Annual report of lunatic asylums [Bombay] - 1912-1922
Year: 1912
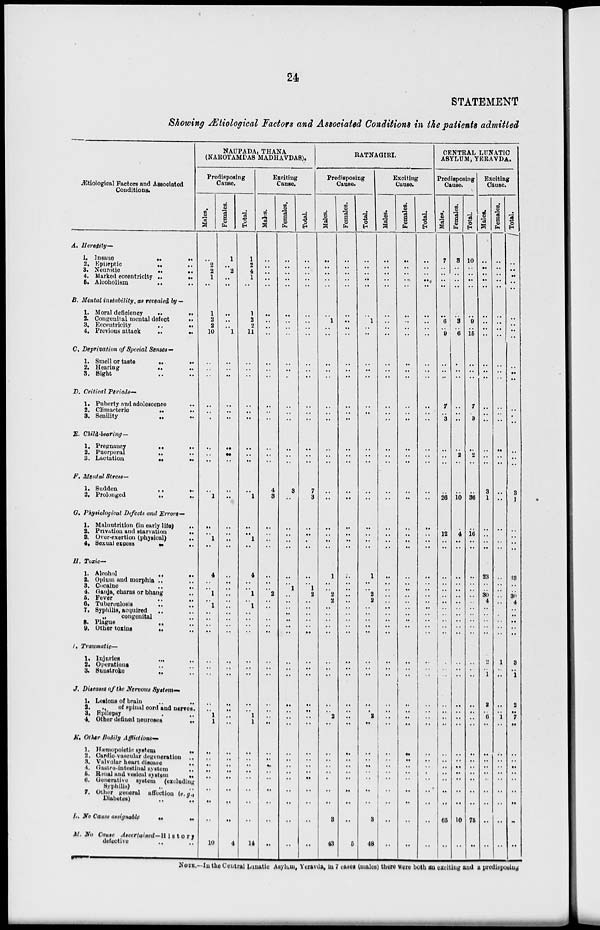
24
STATEMENT
Showing Ætiological Factors and Associated Conditions in the patients admitted
Ætiological Factors and Associated
Conditions.
A. Heredity—
1. Insane
..
..
2.
Epileptic
.. ..
3. Neurotic .. ..
4. Marked eccentricity
..
..
5. Alcoholism
..
..
B. Mental instability, as revealed by —
1. Moral deficiency
..
..
3. Congenital mental defect
..
3. Eccentricity
..
..
4. Previous attack .. ..
C. Deprivation of Special Senses—
1. Smell or taste .. ..
2. Hearing
..
..
3.
Sight
..
..
D. Critical Periods—
1. Puberty and adolescence ..
2.
Climacteric
..
..
3. Senility
..
..
12. Child-bearing—
1. Pregnancy
..
..
2. Puerperal
..
..
3. Lactation
..
..
F. Mental Stress—
1. Sudden
..
..
2. Prolonged
..
..
G. Physiological Defects and Errors—
1. Malnutrition (in early life)
..
2. Privation and starvation
..
3. Over-exertion (physical) ..
4. Sexual excess
..
..
H. Toxic—
1. Alcohol .. ..
2. Opium and morphia .. ..
3. Cocaine
..
..
4. Gauja, charas or bhang ..
5. Fever
.. ..
6. Tuberculosis .. ..
7, Syphilis, acquired
.. ..
„
congenital ..
8. Plague
..
..
9. Other toxins .. ..
I. Traumatic —
1. Injuries
..
..
2. Operations .. ..
3. Sunstroke
..
..
J. Diseases of the Nervous System—
1. Lesions of brain .. ..
2.
„
of spinal cord and nerves.
3. Epilepsy .. ..
4. Other defined neuroses
..
K. Other Bodily Afflictions—
1. Hæmopoietic system ..
2. Cardio-vascular degeneration ..
3. Valvular heart disease
..
4. Gastro-intestinal system ..
5. Renal and vesical system
..
6. Generative system
(excluding
Syphilis) .. ..
7. Other general affection (e.g.,
Diabetes)
..
..
L. No Cause assignable .. ..
M. No Cause
Ascertained—History
defective
..
..
NAUPADA, THANA
(NAROTAMDAS MADHAVDAS).
Predisposing
Cause.
Males.
..
2
2
1
..
1
2
2
10
..
..
. .
..
..
..
..
. .
..
..
1
..
..
1
..
4
. .
..
1
1
..
..
..
. .
..
..
..
..
..
1
1
..
..
..
..
..
..
..
..
10
Females.
1
..
2
..
..
..
..
..
1
..
..
..
..
..
..
..
..
..
..
..
..
..
..
..
..
. .
..
..
. .
..
..
..
..
..
..
..
..
. .
..
..
..
..
..
..
..
..
..
..
4
Total.
1
2
4
1
..
1
2
2
11
..
..
..
..
..
..
..
. .
..
..
1
..
. .
1
..
4
..
..
1
1
..
..
..
..
..
..
..
..
..
1
1
..
..
..
..
..
..
..
..
14
Exciting
Cause.
Males.
..
..
..
..
..
..
..
..
..
..
..
. .
..
..
..
..
. .
..
4
3
..
..
..
..
..
..
..
2
..
..
..
..
..
..
..
..
..
..
..
..
..
..
..
..
..
..
..
..
. .
..
Females.
..
..
..
..
..
..
..
..
..
..
..
..
..
..
..
..
..
..
3
..
..
..
..
..
..
..
1
..
..
.. ..
..
..
..
..
..
..
..
..
..
..
..
..
..
..
..
..
..
. .
..
Total.
..
..
..
..
..
..
..
..
..
..
..
..
..
..
..
..
..
..
7
3
..
..
..
..
..
..
1
2
..
.. ..
..
..
..
..
..
..
..
..
..
..
..
..
..
..
..
..
..
..
..
RATNAGIRI.
Predisposing
Cause.
Males.
..
..
..
..
..
..
1
..
..
..
..
..
..
..
..
..
..
..
..
..
..
..
..
..
1
..
..
2
2
.. ..
..
..
..
..
..
..
..
..
2
..
..
..
..
..
..
..
..
3
43
Females.
..
..
..
..
..
..
..
..
..
..
..
..
..
..
..
..
..
..
..
..
..
..
. .
..
..
..
..
..
..
..
..
..
..
..
. .
..
..
..
..
..
..
..
..
..
..
..
..
..
..
5
Total.
..
..
..
..
..
..
1
..
..
..
..
..
..
..
..
..
..
..
..
..
..
..
..
..
1
..
..
2
2
.. . .
..
..
..
..
. .
..
..
..
2
. .
..
..
..
..
..
..
..
3
48
Exciting
Cause.
Males.
..
..
..
..
..
..
..
..
..
..
..
. .
..
..
..
..
. .
..
..
..
..
..
..
..
..
..
..
..
. .
.. ..
..
. .
..
..
. .
..
..
..
..
..
..
..
..
..
..
..
..
..
..
Females.
..
..
..
..
..
..
..
..
..
..
..
..
..
..
..
..
..
..
..
..
..
..
..
..
..
..
..
..
. .
.. ..
..
..
..
..
..
..
..
..
..
..
..
..
..
..
..
..
..
..
..
Total.
..
..
..
..
..
..
..
..
..
..
..
..
..
..
..
..
..
..
..
..
..
..
..
..
..
. .
..
..
..
.. ..
..
..
. .
..
..
..
..
..
..
..
..
..
..
..
..
..
..
..
..
CENTRAL LUNATIC
ASYLUM, YERAVDA.
Predisposing
Cause.
Males.
7
..
..
..
..
..
6
..
9
..
..
..
7
..
3
..
..
..
..
26
12
..
..
..
..
..
..
..
.. ..
..
..
..
..
..
..
..
..
..
..
..
..
..
..
..
..
..
65
..
Females.
3
..
..
..
..
..
3
..
6
..
..
..
..
..
..
..
2
..
..
10
4
..
..
..
..
..
..
..
..
..
..
..
..
..
..
..
..
..
..
..
..
..
..
..
..
..
..
10
..
Total.
10
..
..
..
..
..
9
..
15
..
..
..
7
..
3
..
2
..
..
36
..
16
..
..
..
..
..
..
..
..
..
..
..
..
..
..
..
..
..
..
..
..
..
..
..
..
..
..
75
..
Exciting
Cause.
Males.
..
..
..
..
..
..
..
..
..
..
..
..
..
..
..
..
. .
..
3
1
..
..
..
..
23
..
..
30
4
..
..
..
..
..
2
..
1
2
..
6
..
..
..
..
..
..
..
..
..
..
Females.
..
..
..
..
..
..
..
..
..
..
..
..
..
..
..
..
. .
..
..
..
..
..
..
..
..
..
..
..
. .
..
..
..
..
..
1
..
..
..
..
1
..
..
..
..
..
..
..
..
..
..
Total.
..
..
..
..
..
..
..
..
..
..
..
..
..
..
..
..
..
..
3
1
..
..
..
..
23
..
..
30
4
.. ..
..
..
..
3
..
1
2
..
7
..
..
..
..
..
..
..
..
..
..
NOTE.—In the Central Lunatic Asylum, Yeravda, in 7 cases (males) there were both an exciting and a predisposing